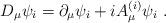
LaTeX: \begin{align*}D_\mu\psi_i = \partial_\mu\psi_i +i A_\mu^{(i)}\psi_i\ . \end{align*}